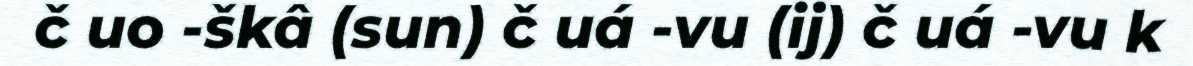
č uo -škâ (sun) č uá -vu (ij) č uá -vu k